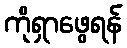
ကိုရှာဖွေရန်